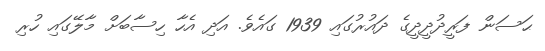
ޙަސަން ފަރީދުދީދީގެ ދައުރުގައި 1939 ގައެވެ. އަދި އެހާ ހިސާބަށް މާލޭގައި ހުރި